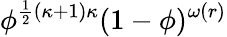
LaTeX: \phi^{\frac 12(\kappa+1)\kappa}(1-\phi)^{\omega(r)}